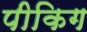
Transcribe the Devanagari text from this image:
पीकिग